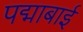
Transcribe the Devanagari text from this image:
पद्माबाई